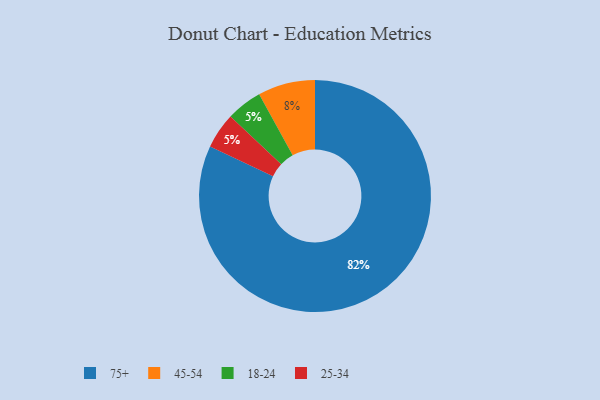
{"axis": {"x": "Category", "y": "Percentage"}, "legend": ["18-24", "25-34", "45-54", "75+"], "data": [{"x": "18-24", "y": 5, "type": "18-24"}, {"x": "25-34", "y": 5, "type": "25-34"}, {"x": "45-54", "y": 8, "type": "45-54"}, {"x": "75+", "y": 82, "type": "75+"}]}